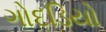
ગોદડિયો